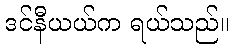
ဒင်နီယယ်က ရယ်သည်။